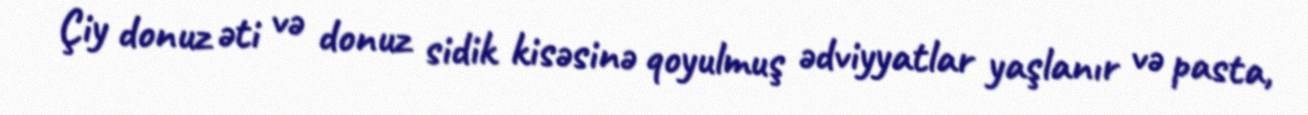
Çiy donuz əti və donuz sidik kisəsinə qoyulmuş ədviyyatlar yaşlanır və pasta,